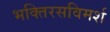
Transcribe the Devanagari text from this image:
भक्तिरसविमर्श